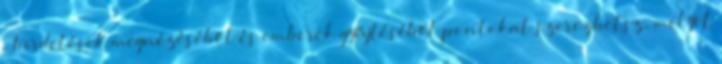
. hirdetések megnézéséből és emberek gyűjtéséből pontokat szerezhetsz, melyet